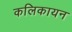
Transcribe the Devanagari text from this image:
कलिकायन